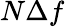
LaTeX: N\Delta f